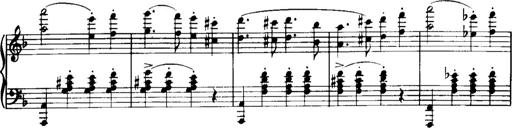
Title: Historische ungarische Bildnisse
Composer: Franz Liszt